system: You are a helpful assistant.
user:
Analyze the provided spectrum to determine if it is a **White Dwarf (WD)**.

A White Dwarf spectrum is defined by its **extreme purity** (due to gravitational settling) and/or **extreme pressure broadening** (due to high surface gravity). You must check for one of the following mutually exclusive signatures:

- **Key Visual Indicators (Check for ONE of these types):**

    - **1. DA-Type Signature (Most Common):**
        - **(Primary Feature):** Extreme pressure broadening (Stark broadening) of the **Hydrogen (H) Balmer lines**.
        - **(Key Lines):** $H\beta$ (approx. $4861$ Å) and $H\gamma$ (approx. $4340$ Å). $H\alpha$ (approx. $6563$ Å) will also be present if the wavelength range covers it.
        - **(Line Profile):** This is the **defining feature**. The lines are **NOT** sharp. They appear as massive, **extremely broad and deep "troughs" or "dips"** in the spectrum, often hundreds of Ångströms wide. The continuum will appear to "scoop" down at these wavelengths.
        - **(Distinction):** Normal A-type or B-type stars have *narrow* and *sharp* Hydrogen lines. A DA White Dwarf's lines are unmistakably "smeared" or "blurry" from pressure.

    - **2. DB-Type Signature:**
        - **(Primary Feature):** Broad absorption lines from **Neutral Helium (He I)**. The spectrum must lack any visible Hydrogen lines.
        - **(Key Lines):** Look for broad absorption near $4471$ Å, $4921$ Å, and $5876$ Å.
        - **(Line Profile):** These lines are also significantly pressure-broadened, appearing much wider than they would in a normal B-type main-sequence star.

    - **3. DC-Type Signature:**
        - **(Primary Feature):** A **featureless continuous spectrum**.
        - **(Line Profile):** The spectrum is a smooth curve with **no significant absorption or emission lines**.
        - **(Key Confirmation):** The continuum is almost always **blue or white**, indicating a hot object. This signature implies the atmosphere is so pure (or so cool) that no spectral lines are visible in the optical range. Its WD identity is confirmed by its extremely low intrinsic brightness (high absolute magnitude).

    - **4. DZ-Type Signature (Metal-Polluted):**
        - **(Primary Feature):** **Isolated, narrow metal absorption lines** on an otherwise featureless (DC-like) continuum.
        - **(Key Lines):** The **Calcium (Ca II) H & K doublet** (approx. **$3934$ Å** and **$3968$ Å**) is the most common and defining feature.
        - **(Line Profile):** These lines are "out of place." They are *not* part of a "forest" of thousands of lines. This signature is evidence of recent *accretion* (pollution) from rocky debris.
        - **(Distinction):** Normal G/K/M stars have a *dense forest* of thousands of metal lines. A DZ has a *clean* continuum with *only a few* strong metal lines.

    - **5. DQ-Type Signature (Carbon-Polluted):**
        - **(Primary Feature):** Absorption bands from **Carbon (C₂ "Swan Bands" or atomic C I)**.
        - **(Key Lines - C₂):** Look for bandheads with a "saw-tooth" shape near $5635$ Å, **$5165$ Å** (strongest), and $4737$ Å.
        - **(Key Confirmation):** The underlying **continuum must be blue or white** (hot).
        - **(Distinction):** This is the critical difference from a **Carbon Star**, which has the *exact same* C₂ bands but on an extremely **red, cool** continuum.

- **(Overall Spectrum):**
    - The continuum (overall shape) is typically **blue-sloping** (brighter in the blue than the red), as most white dwarfs are very hot.
    - The spectrum will look "pure" or "simple," dominated by only *one* of the five signatures listed above.

Think first, call **spectral_visualization_tool** if needed to examine features in detail, then provide your final answer. Your response must adhere to the following strict rules:
1.  **Overall Structure:** Your response must follow the format `<think>...</think> <tool_call>...</tool_call> (if a tool is used) <answer>...</answer>`.
2.  **Tool Usage Constraint:** You may only make **one** tool call per turn.
3.  **Final Answer Format:** In the `<answer>` tag, your conclusion must be inside a `\boxed{}` command (e.g., `\boxed{YES}` or `\boxed{NO}`), followed by your justification.

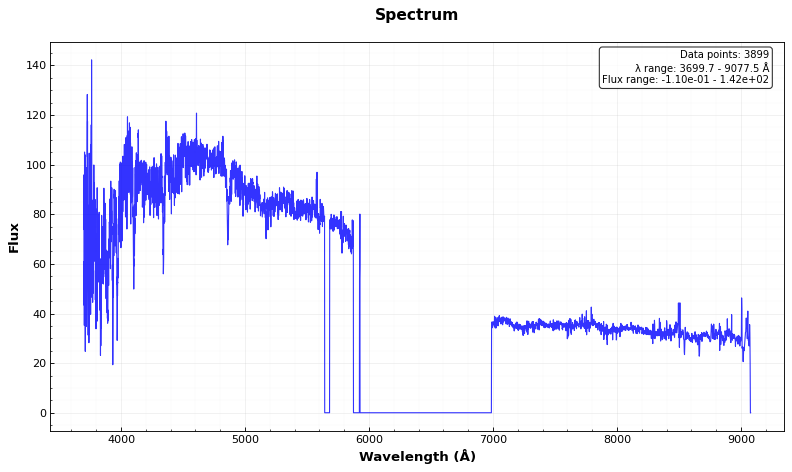
Answer: NO